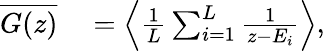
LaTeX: \begin{array}{rl}{\overline{{G(z)}}}&{{}=\left<\frac{1}{L}\sum_{i=1}^{L}\frac{1}{z-E_{i}}\right>,}\end{array}